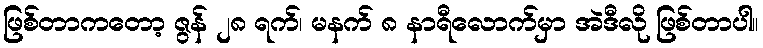
ဖြစ်တာကတော့ ဇွန် ၂၈ ရက်၊ မနက် ၈ နာရီလောက်မှာ အဲဒီလို ဖြစ်တာပါ။